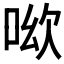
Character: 𠲭